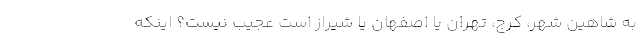
به شاهین شهر، کرج، تهران یا اصفهان یا شیراز است عجیب نیست؟ اینکه